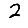
Digit: 2